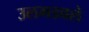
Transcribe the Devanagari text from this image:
उलगडवले